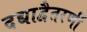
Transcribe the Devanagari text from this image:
दद्याद्वैतरणीं